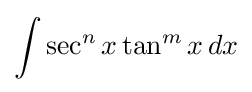
\int \sec ^{n}x\tan ^{m}x\,dx